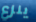
ينزع